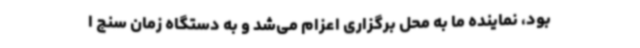
بود، نماینده ما به محل برگزاری اعزام می‌شد و به دستگاه زمان سنج ا